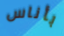
بأناس